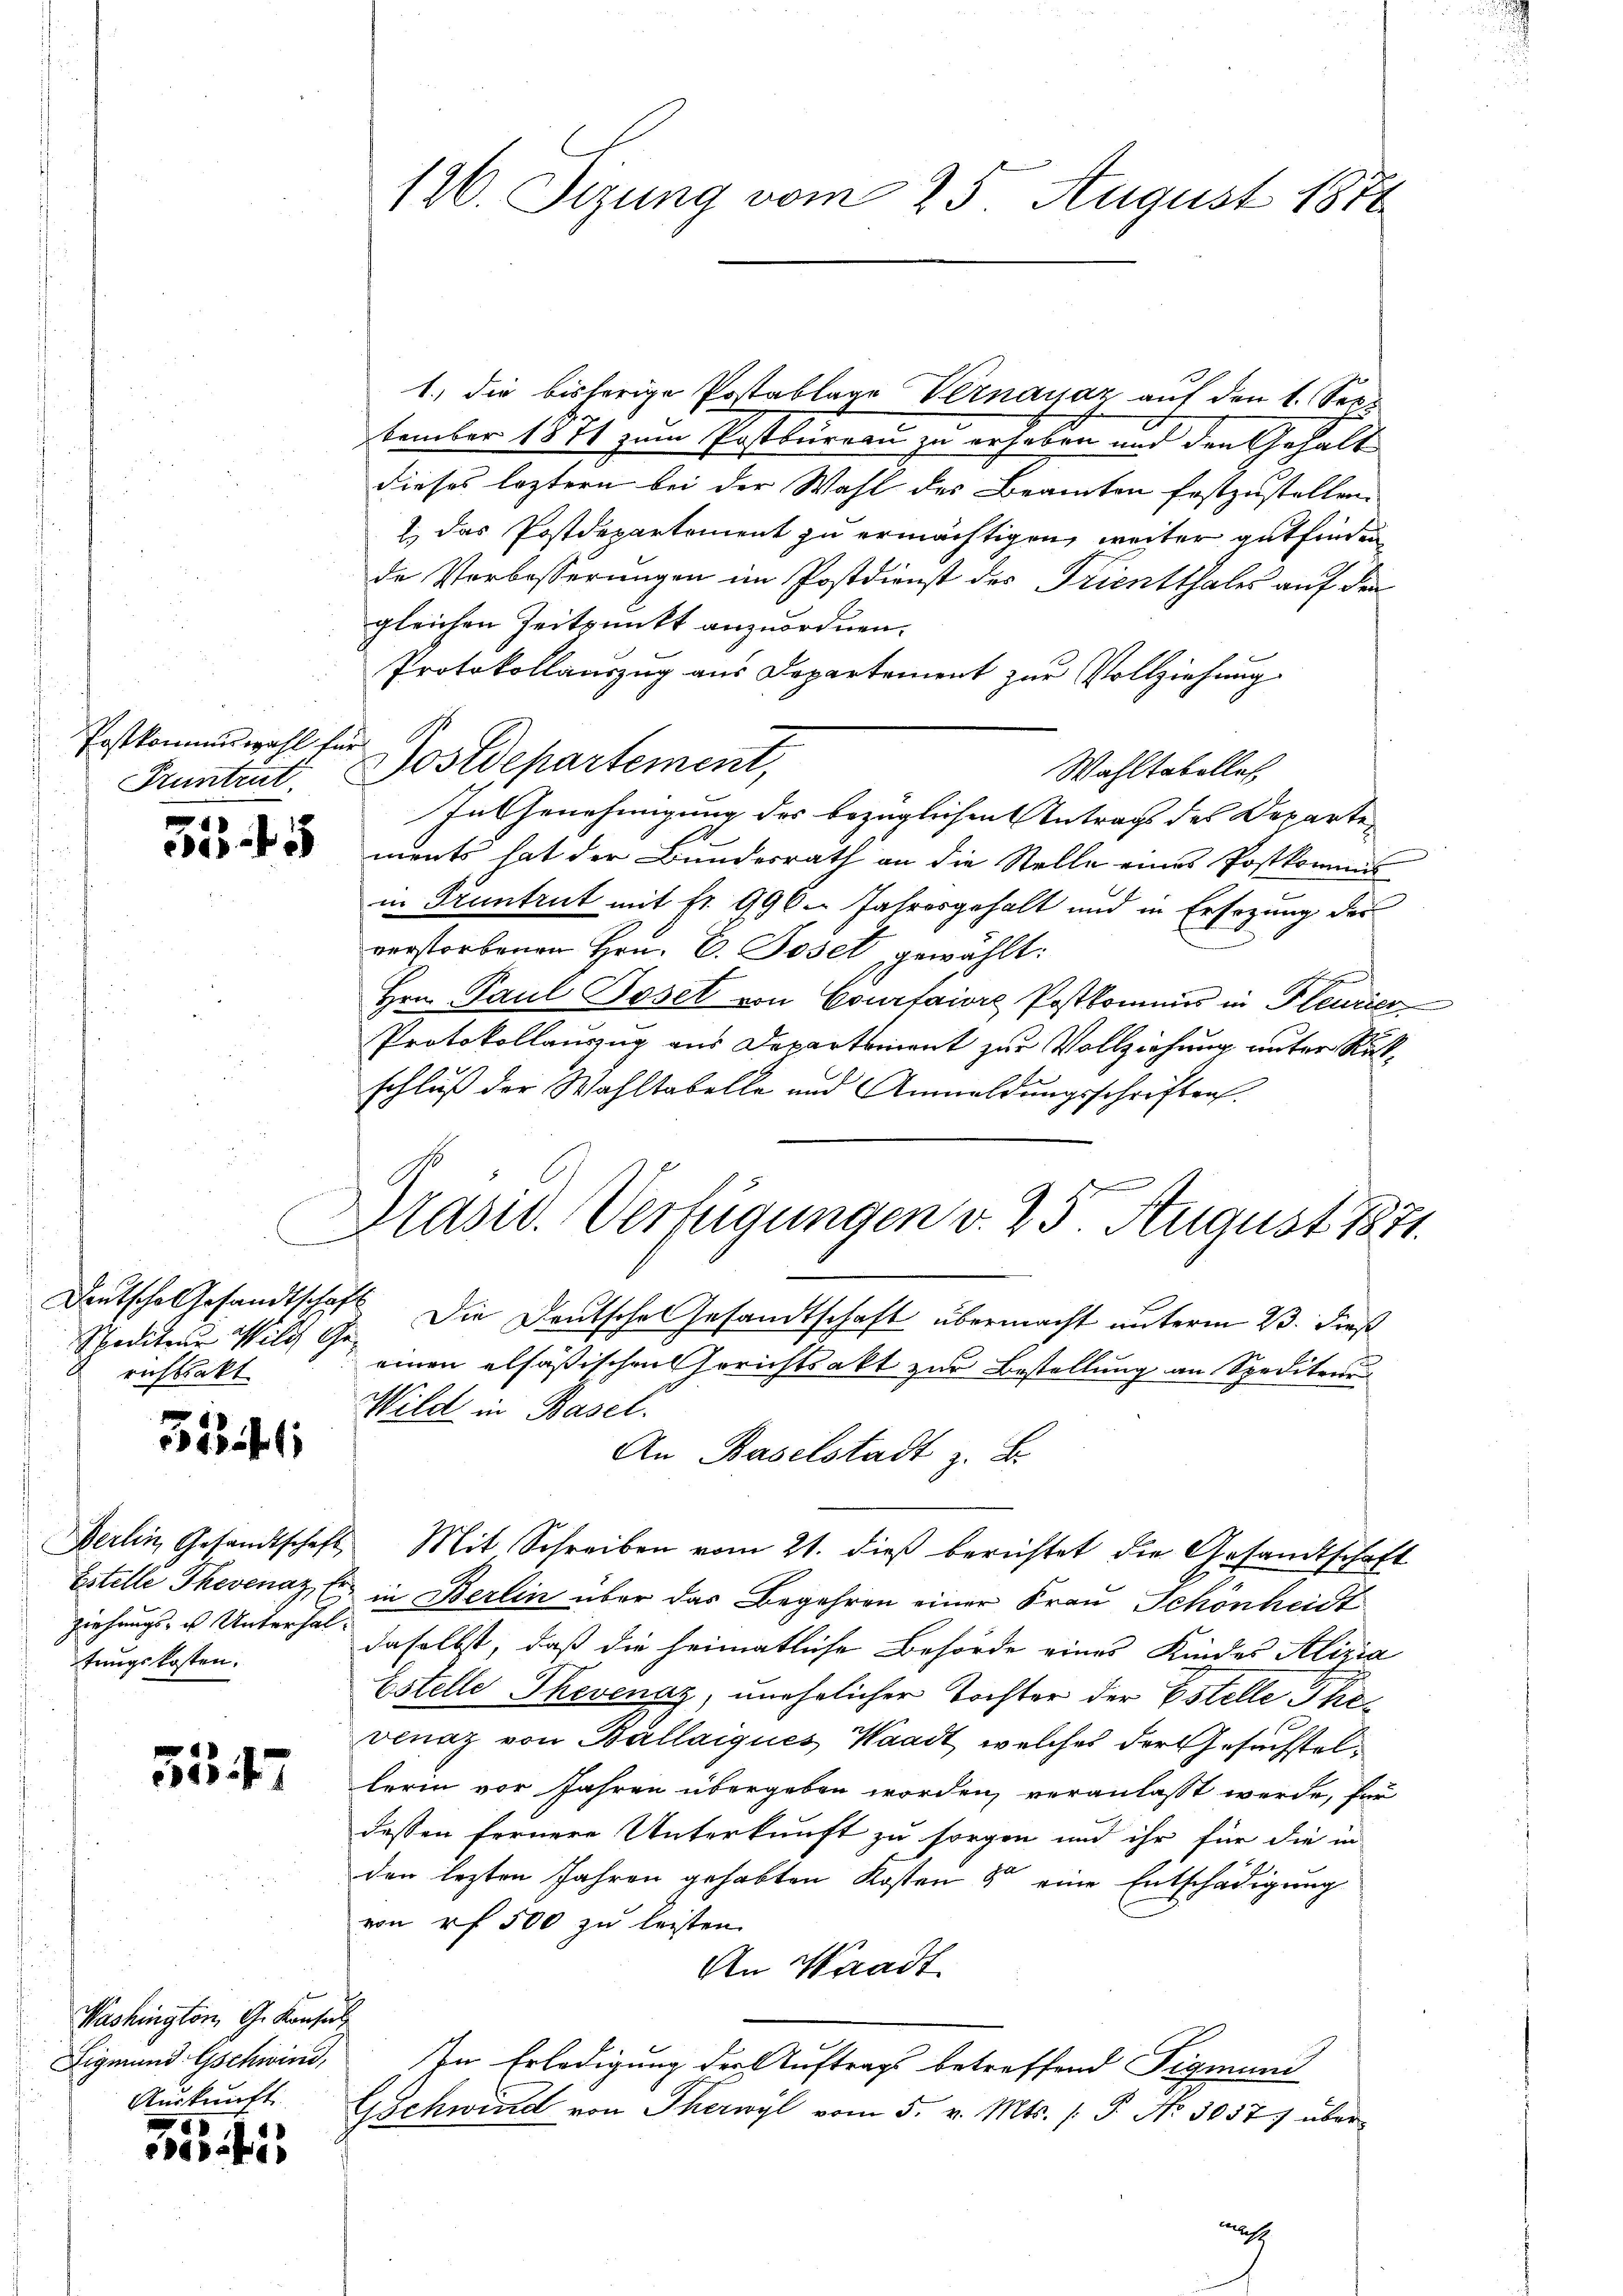
Postkommiswahl für
Pruntrut.

5545

C
Deutsche Gesandtschaf
Spediten Miliz Ge
richtsakt

323 f

Berlin Gesandtschaft
Estelle Thevenaz, Er
ziehungs- u Unterhaltungskosten.

557

Washington G. Konsen
Ligmund Gschwind,
Auskunft.

1
kis

126. Sizung vom 25. August 1876

1.) die bisherige Postablage Vernayaz auf den 1. September 1871 zum Postbureau zu erhaben und den Gehalt
dieses leztern bei der Wahl des Beamten festzustellen.
 das Postdepartement zu ermächtigen, weiter gutfinden
de Verbesserungen im Postdienst des Trientthales auf den
gleichen Zeitpunkt anzuordnen.
Protokollauszug aus Departement zur Vollziehung
Wahltabelles
In Genehmigung der bezüglichen Antrags des Departen
ments hat der Bundesrath an die Stelle eines Postkommis
in Pruntrut mit fr. 996. Jahresgehalt und in Ersezung des
verstorbenen Hrn. E. Joset gewählt:
Hrn. Paul Boset von Courtaiore Postkommis in Pleurier
Protokollauszug aus Departement zur Vollziehung unter Rückschluß der Wahltabelle und Anmeldungsschriften
Die Deutsche Gesandtschaft übermacht unterm 23. dieß
einen elsäßischen Gerichtsakt zur Bestellung an Spediteru
Wild in Basel.
An Baselstadt z. B.
Mit Schreiben vom 21. dieß berichtet die Gesandtschaft
in Berlin über das Begehren einer Frau Schönheidt
daselbst, daß die heimatliche Behörde eines Kindes Alizia
Estelle Thovenaz, unehelicher Tochter der Estelle Thevenaz von Ballaiques Waadt, welches der Gesuchstellerin vor Jahren übergeben worden, veranlaßt werde, für
dessen fernere Unterkunft zu sorgen und ihr für die in
den lezten Jahren gehabten Kosten 4 eine Entschädigung
von e f 500 zu leisten.
An Waadt
In Erledigung der Auftrags betreffend Sigmuni
Gschwind von Therwyl vom 5. v. Mts. (T. No 3057) über

Postdepartement,

Prasiv. Verfügungen v. 25 August 1871.